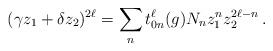
\begin{align*} (\gamma z_1 + \delta z_2)^{2\ell} = \sum_n t^\ell_{0n}(g)N_n z^n_1 z_2^{2\ell-n}\,.\end{align*}